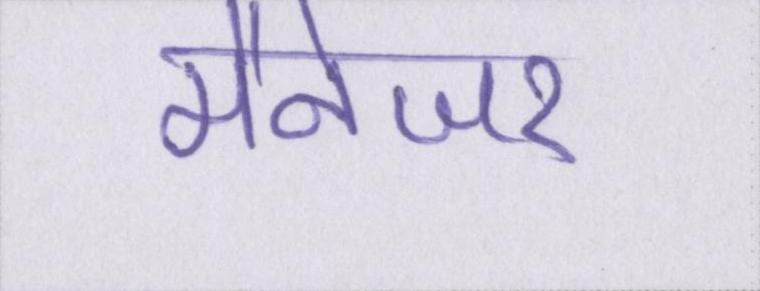
मैनेजर